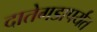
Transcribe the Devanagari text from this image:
दातेगडापर्यंत